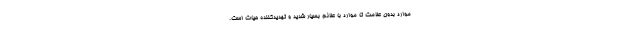
موارد بدون علامت تا موارد با علائم بسیار شدید و تهدیدکننده حیات است.